Annual report of the Punjab Veterinary College and of the Civil Veterinary Department, Punjab - 1894-1908
Year: 1894
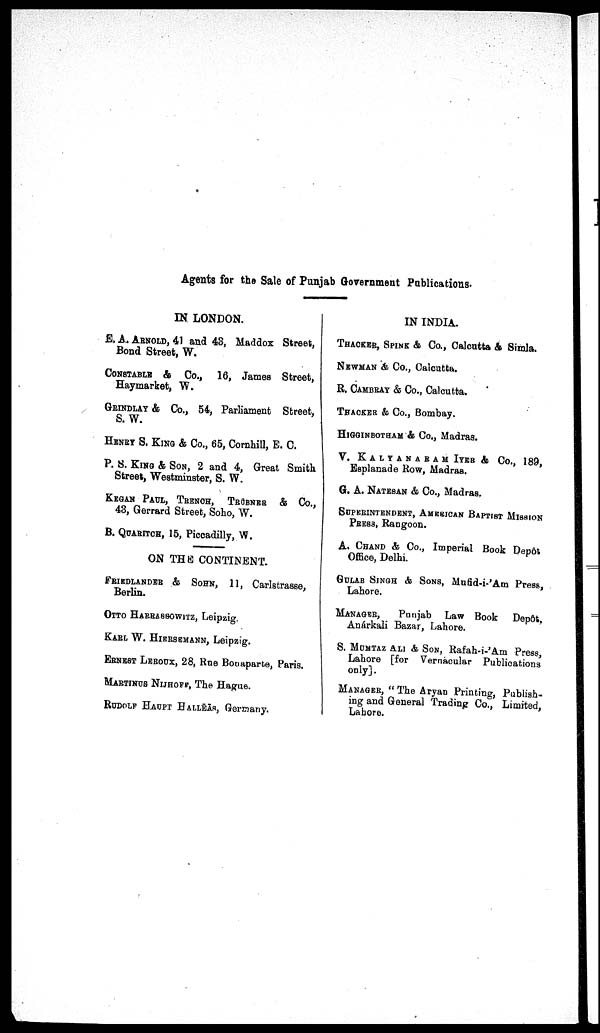
Agents for the Sale of Punjab Government Publications.
IN LONDON.
E. A. ARNOLD, 41 and 43, Maddox Street,
Bond Street, W.
CONSTABLE & Co., 16, James Street,
Haymarket, W.
GRINDALY & Co., 54, Parliament Street,
S. W.
HENRY S. KING & Co., 65, Cornhill, E. C.
P. S. KING & SON, 2 and 4, Great Smith
Street, Westminster, S. W.
KEGAN PAUL, TRENCH, TRUBNER & Co.,
43, Gerrard Street, Soho, W.
B. QUARITCH, 15, Piccadilly, W.
ON THE CONTINENT.
FRIEDLANDER & SOHN, 11, Carlstrasse,
Berlin.
OTTO HARRASSOWITZ, Leipzig.
KARL W. HIERSEMANN, Leipzig.
ERNEST LEROUX, 28, Rue Bonaparte, Paris.
MARTINUS NIJHOFF, The Hague.
RUDOLF HAUPT HALLËÄS, Germany.
IN INDIA.
THACKER, SPINK & Co., Calcutta & Simla.
NEWMAN & Co., Calcutta.
R. CAMBRAY & Co., Calcutta.
THACKER & Co., Bombay.
HIGGINBOTHAM & Co., Madras.
V.
KALYANARAM
IYER
& Co., 189,
Esplanade Row, Madras.
G. A. NATESAN & Co., Madras.
SUPERINTENDENT, AMERICAN BAPIST MISSION
PRESS, Rangoon.
A. CHAND & Co., Imperial Book Depôt
Office, Delhi.
GULAB SINGH & SONS, Mufid-i-'Am Press,
Lahore.
MANAGER,
Punjab Law Book
Depôt,
Anárkali Bazar, Lahore.
S. MOMTAJ ALI & SON, Rafah-i-'Am Press,
Lahore [for Vernacular Publications
only].
MANAGER, "The Aryan Printing, Publish-
ing and General Trading Co., Limited,
Lahore.